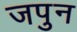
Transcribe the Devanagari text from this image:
जपुन